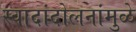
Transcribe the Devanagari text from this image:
स्वादांदोलनांमुळे